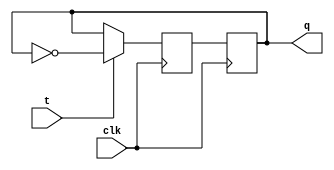
module t_latch (
    input wire clk,
    input wire t,
    output reg q
);

reg d;

always @(posedge clk) begin
    if (t) begin
        d <= ~q;
    end else begin
        d <= q;
    end
end

always @(posedge clk) begin
    q <= d;
end

endmodule